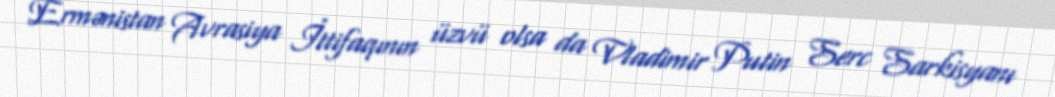
Ermənistan Avrasiya İttifaqının üzvü olsa da Vladimir Putin Serc Sarkisyanı